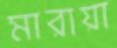
মারায়া